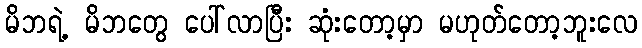
မိဘရဲ့ မိဘတွေ ပေါ်လာပြီး ဆုံးတော့မှာ မဟုတ်တော့ဘူးလေ